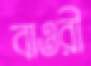
বাওরী